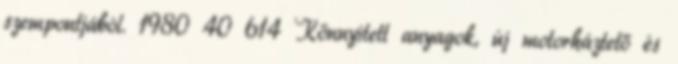
szempontjából. 1980 40 614 Könnyített anyagok, új motorháztető és